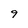
Character: 9